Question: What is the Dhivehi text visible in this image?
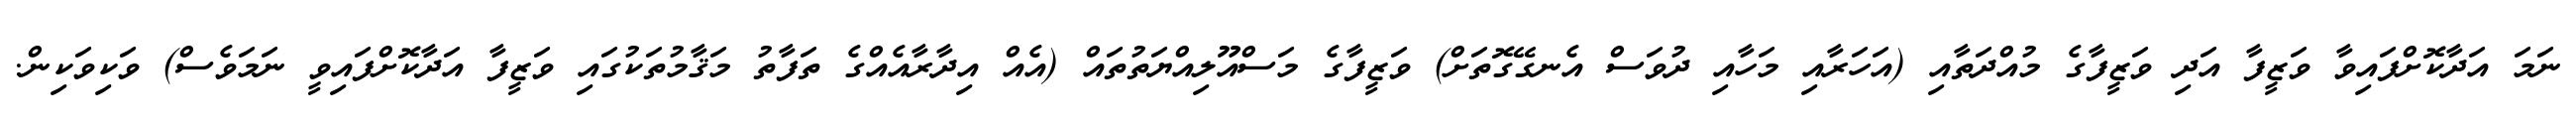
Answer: ނަމަ އަދާކޮށްފައިވާ ވަޒީފާ އަދި ވަޒީފާގެ މުއްދަތާއި (އަހަރާއި މަހާއި ދުވަސް އެނގޭގޮތަށް) ވަޒީފާގެ މަސްއޫލިއްޔަތުތައް (އެއް އިދާރާއެއްގެ ތަފާތު މަޤާމުތަކުގައި ވަޒީފާ އަދާކޮށްފައިވީ ނަމަވެސް) ވަކިވަކިން.